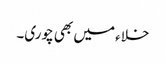
خلاء میں بھی چوری۔